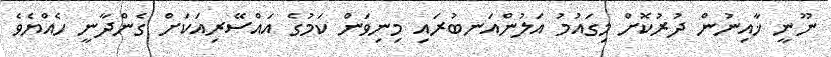
ނޫނީ ޚާއިނުން ދުރުކޮށް މިގައުމު އަލުންއަނބުރައި މިނިވަން ކަމުގެ އައްސޭރިއަކަށް ގެންދާނީ ހެއްޔެވެ